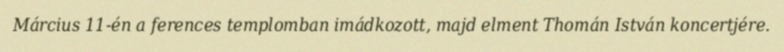
Március 11-én a ferences templomban imádkozott, majd elment Thomán István koncertjére.